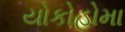
યોકોહોમા